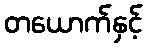
တယောက်နှင့်